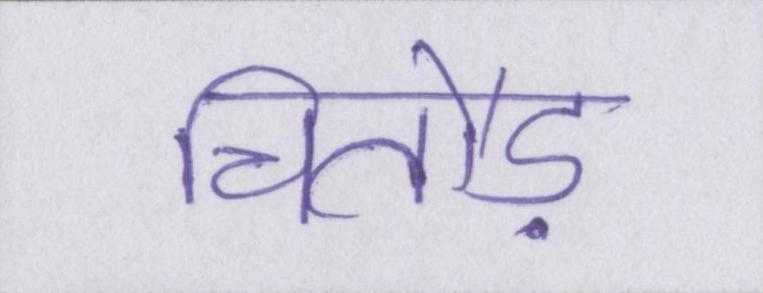
चितौड़